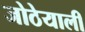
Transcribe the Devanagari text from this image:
जोठेयाली